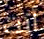
أنت